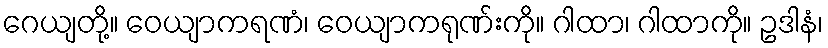
ဂေယျတို့။ ဝေယျာကရဏံ၊ ဝေယျာကရုဏ်းကို။ ဂါထာ၊ ဂါထာကို။ ဥဒါနံ၊